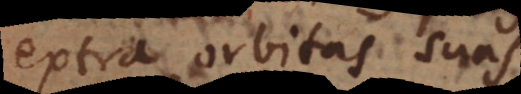
extra orbitas suas